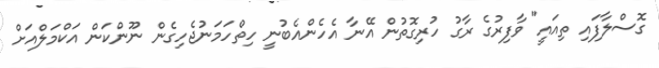
ގޮސްލާފައި ތިއައީ" ވާފިރުގެ ރާގު ހުރިގޮތުން އޭނާ އެހެންއެބުނީ ހިތްހަމަނުޖެހިގެން ނޫންކަން އަކްމަލްއަށް